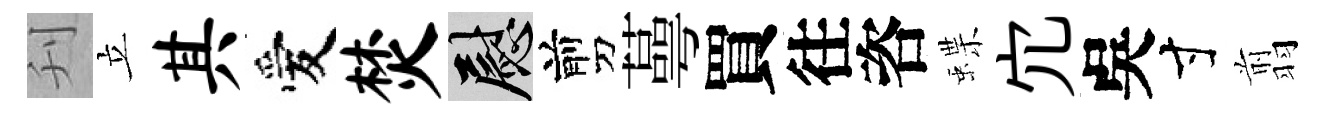
刋立其愛焚慰剪蕚買往咨蝶宂吳寸翦